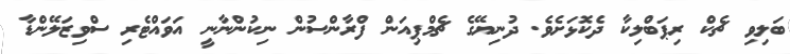
ބަލިވި ޗެކް ރިޕަބްލިކާ ދެކޮޅަށެވެ. ދުނިޔޭގެ ޗެމްޕިއަން ފްރާންސުން ނިކުންނާނީ އަވައްޓެރި ސްވިޒަލޭންޑާ